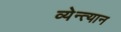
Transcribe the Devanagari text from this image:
व्येन्त्यान